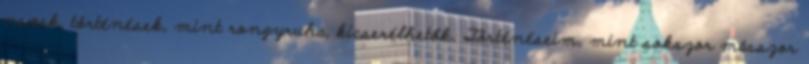
nevek, történések, mint rongyruha, kicserélhetők. Történéseim, mint sokszor másszor